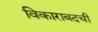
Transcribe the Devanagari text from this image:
विकाराबदची